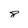
Character: 8